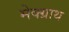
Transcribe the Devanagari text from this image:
मेक्ग्राथ